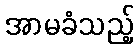
အာမခံသည့်